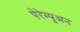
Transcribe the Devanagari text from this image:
पेरेम्पुअन